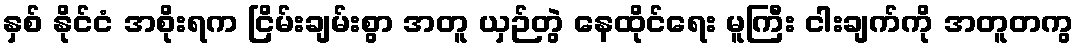
နှစ် နိုင်ငံ အစိုးရက ငြိမ်းချမ်းစွာ အတူ ယှဉ်တွဲ နေထိုင်ရေး မူကြီး ငါးချက်ကို အတူတကွ